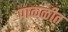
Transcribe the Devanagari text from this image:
पाकळीत